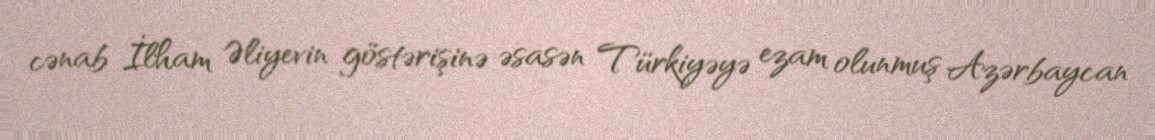
cənab İlham Əliyevin göstərişinə əsasən Türkiyəyə ezam olunmuş Azərbaycan